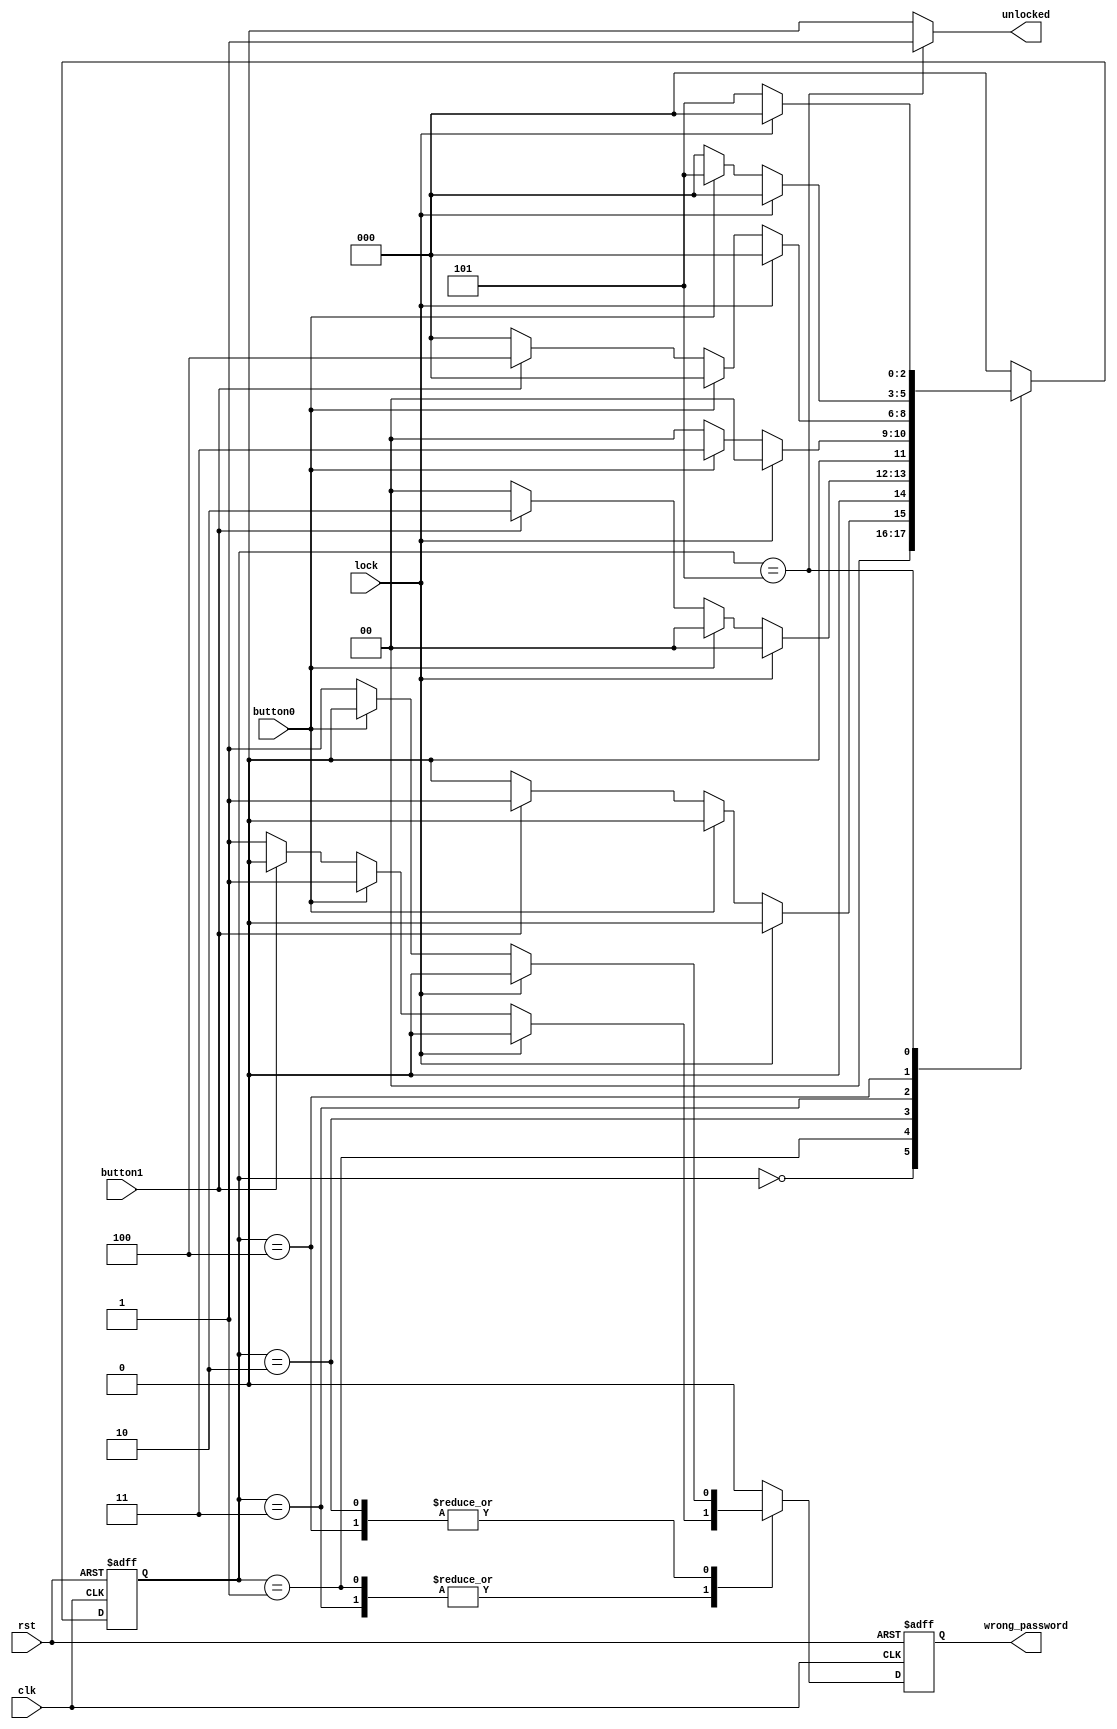
module lock_fsm (
    input  wire clk, rst,
    input  wire button0, button1, lock,
    output reg  unlocked, wrong_password
);

localparam [2:0]    idle   = 3'b000,
                    S1     = 3'b001,
                    S11    = 3'b010,
                    S011   = 3'b011,
                    S1011  = 3'b100,
                    S01011 = 3'b101;

reg [2:0] current_state, next_state;
reg wrong_pass;

// present state
always @(posedge clk, negedge rst) begin
    if(!rst) begin
        current_state <= 0;
        wrong_password <= 0;
    end else begin
        current_state <= next_state;
        wrong_password <= wrong_pass;
    end
end

// next state transition
always@(*) begin
    next_state = idle;
    case(current_state)
        idle  : begin
                    if(lock) begin
                        next_state = idle;
                    end else if(button0) begin
                        next_state = idle;
                    end else if (button1) begin
                            next_state = S1;
                    end else begin
                        next_state = idle;
                    end 
        end
        S1    : begin 
                    if(lock) begin
                        next_state = idle;
                    end else if(button0) begin
                        next_state = idle;
                    end else if (button1) begin
                            next_state = S11;
                    end else begin
                        next_state = idle;
                    end 
        end
        S11   : begin 
                    if(lock) begin
                        next_state = idle;
                    end else if(button0) begin
                        next_state = S011;
                    end else if (button1) begin
                            next_state = idle;
                    end else begin
                        next_state = idle;
                    end 
        end
        S011  : begin 
                    if(lock) begin
                        next_state = idle;
                    end else if(button0) begin
                        next_state = idle;
                    end else if (button1) begin
                            next_state = S1011;
                    end else begin
                        next_state = idle;
                    end 
        end
        S1011 : begin 
                    if(lock) begin
                        next_state = idle;
                    end else if(button0) begin
                        next_state = S01011;
                    end else if (button1) begin
                            next_state = idle;
                    end  else begin
                        next_state = idle;
                    end 
        end
        S01011: begin 
                    if(lock) begin
                        next_state = idle;
                    end else begin
                        next_state = S01011;
                    end 
        end
    endcase
end

// output logic
always@(*) begin
    unlocked = 0;
    wrong_pass = 0;
    case(current_state)
        idle  : begin
                    wrong_pass = 0; 
        end
        S1    : begin 
                    if(lock) begin
                        wrong_pass = 0;
                    end else if(button0) begin
                        wrong_pass = 1;
                    end else if (button1) begin
                            wrong_pass = 0;
                    end else begin
                        wrong_pass = 1;
                    end 
        end
        S11   : begin 
                    if(lock) begin
                        wrong_pass = 0;
                    end else if(button0) begin
                        wrong_pass = 0;
                    end else if (button1) begin
                            wrong_pass = 1;
                    end else begin
                        wrong_pass = 1;
                    end 
        end
        S011  : begin 
                    if(lock) begin
                        wrong_pass = 0;
                    end else if(button0) begin
                        wrong_pass = 1;
                    end else if (button1) begin
                            wrong_pass = 0;
                    end else begin
                        wrong_pass = 1;
                    end 
        end
        S1011 : begin 
                    if(lock) begin
                        wrong_pass = 0;
                    end else if(button0) begin
                        wrong_pass = 0;
                    end else if (button1) begin
                            wrong_pass = 1;
                    end  else begin
                        wrong_pass = 1;
                    end 
        end
        S01011: begin 
                    wrong_pass = 0; 
                    unlocked = 1;
        end
        default : begin 
                    unlocked = 0;
                    wrong_pass = 0;
        end
    endcase
end

endmodule
module lock_fsm_tb();

    `timescale 1ns/1ns

    reg clk, rst;

    reg   button0, button1, lock;
    wire  unlocked, wrong_password;

    lock_fsm dut (
        .clk(clk),
        .rst(rst),
        .button0(button0),
        .button1(button1),
        .lock(lock),
        .unlocked(unlocked),
        .wrong_password(wrong_password)
    );

    always #5 clk=!clk;

    initial begin
        clk = 0;
        rst = 0;
        button0 = 0;
        button1 = 0;
        lock = 0;
        #10;
        rst = 1;
        // password to unlock 1 1 0 1 0
        //         b0, b1
        // try correct passwords
        write_input(0, 1); // 1
        write_input(0, 1); // 1
        write_input(1, 0); // 0
        write_input(0, 1); // 1
        write_input(1, 0); // 0

        write_input(0, 0);

        lock = 1;
        #20;
        lock = 0;
        // try wrong passwords
        write_input(0, 1); // 1
        write_input(0, 1); // 1
        write_input(0, 1); // 1 // wrong

        write_input(0, 0);

        write_input(0, 1); // 1
        write_input(0, 1); // 1
        write_input(1, 0); // 0
        lock = 1;
        #20;
        lock = 0;
        write_input(1, 0); // 0 // wrong

        write_input(0, 0);

        write_input(0, 1); // 1
        write_input(0, 1); // 1
        write_input(1, 0); // 0
        write_input(1, 0); // 0 // wrong
        #100;
        $stop();

    end

    task write_input(input b0, input b1);
    begin
        button0 = b0;
        button1 = b1; 
        #10;
    end
    endtask

endmodule